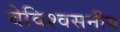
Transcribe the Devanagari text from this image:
वेविश्वसनीय